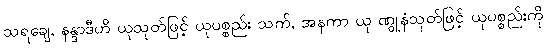
သရချေ, နန္ဒာဒီဟိ ယုသုတ်ဖြင့် ယုပစ္စည်း သက်, အနကာ ယု ဏွူနံသုတ်ဖြင့် ယုပစ္စည်းကို